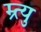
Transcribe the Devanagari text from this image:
म्र्त्यु